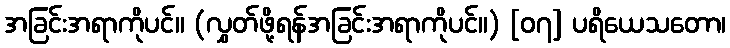
အခြင်းအရာကိုပင်။ (လွှတ်ဖို့ရန်အခြင်းအရာကိုပင်။) [၀၇] ပရိယေသတော၊